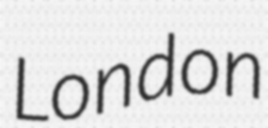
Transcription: London